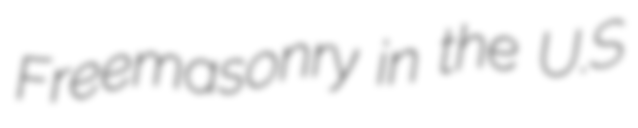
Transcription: Freemasonry in the U.S